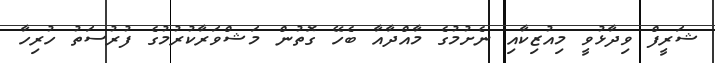
ޝަރީފް ވިދާޅުވީ މިއުޒިކާއި ނެށުމުގެ މާއްދާއާ ބެހޭ ގޮތުން މަޝްވަރާކުރުމުގެ ފުރުސަތު ހުރިހާ